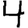
Digit: 4